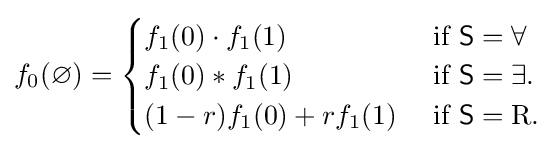
f_{0}(\varnothing )={\begin{cases}f_{1}(0)\cdot f_{1}(1)&{\text{ if }}{\mathsf {S}}=\forall \\f_{1}(0)*f_{1}(1)&{\text{ if }}{\mathsf {S}}=\exists .\\(1-r)f_{1}(0)+rf_{1}(1)&{\text{ if }}{\mathsf {S}}=\mathrm {R} .\end{cases}}